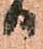
る